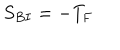
LaTeX: S _ { B I } = - T _ { \mathrm { F } }